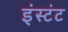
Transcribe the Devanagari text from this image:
इंस्टंट